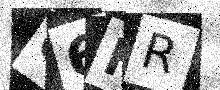
Text: Q6HR